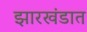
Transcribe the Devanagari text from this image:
झारखंडात